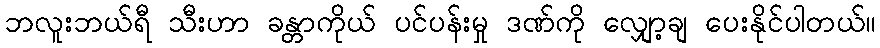
ဘလူးဘယ်ရီ သီးဟာ ခန္တာကိုယ် ပင်ပန်းမှု ဒဏ်ကို လျှော့ချ ပေးနိုင်ပါတယ်။